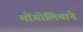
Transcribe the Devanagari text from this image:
मोंगोलियाने